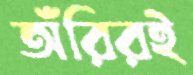
অঁরিরই